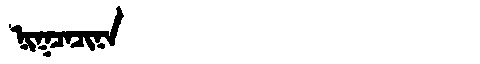
Manchu: ᠨᡳᡴᠴᠠᠴᡳᠨᠠ
Romanization: NIKCACINA